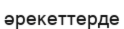
әрекеттерде